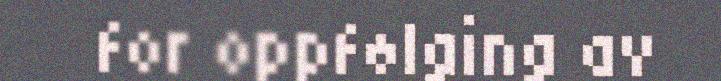
for oppfølging av